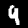
Label: 4